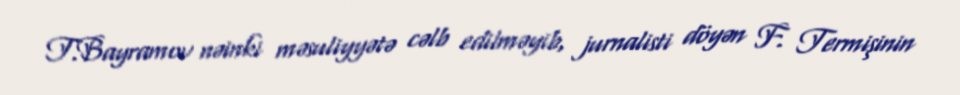
T.Bayramov nəinki məsuliyyətə cəlb edilməyib, jurnalisti döyən F. Termişinin